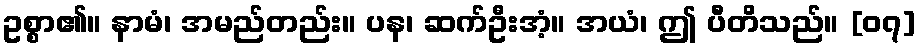
ဥစ္စာ၏။ နာမံ၊ အမည်တည်း။ ပန၊ ဆက်ဦးအံ့။ အယံ၊ ဤ ပီတိသည်။ [၀၇]